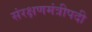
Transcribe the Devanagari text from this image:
संरक्षणमंत्रीपदी